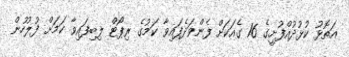
އަތޮޅު ކުޅުދުއްފުށީގެ 16 ގެއަކަށް ފެންވަދެފައިވާ ކަމުގެ ރިޕޯޓް ލިބިފައިވާ ކަމަށް ފުލުހުން